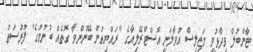
ޓާންބުލް ވިދާޅުވީ މަޖިލިސް އުވާލަނީ އޮސްޓްރޭލިއާގެ "ރައްޔިތުން ބޭނުންވާ ގޮތެއް ބުނުމުގެ" ފުރުސަތު